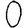
Digit: 0